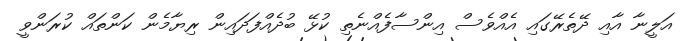
އަލީނާ އާއި ދޭތެރޭގައި އެއްވެސް އިންސާފެއްނެތި ކުޅޭ ބުދެއްފަދައިން ރިޔާމެން ކަންތައް ކުރަންވީ